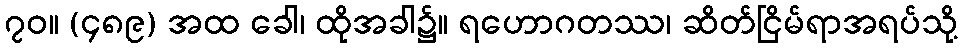
၇၀။ (၄၈၉) အထ ခေါ၊ ထိုအခါ၌။ ရဟောဂတဿ၊ ဆိတ်ငြိမ်ရာအရပ်သို့